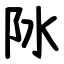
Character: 阥